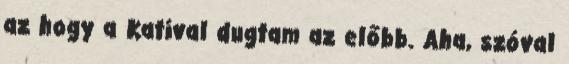
az hogy a Katival dugtam az előbb. Aha, szóval